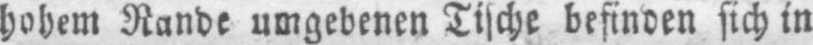
hohem Rande umgebenen Tische befinden sich in